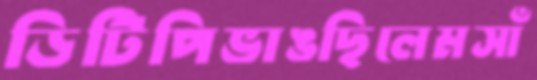
ডিটিপিভাঙছিলেমসাঁ